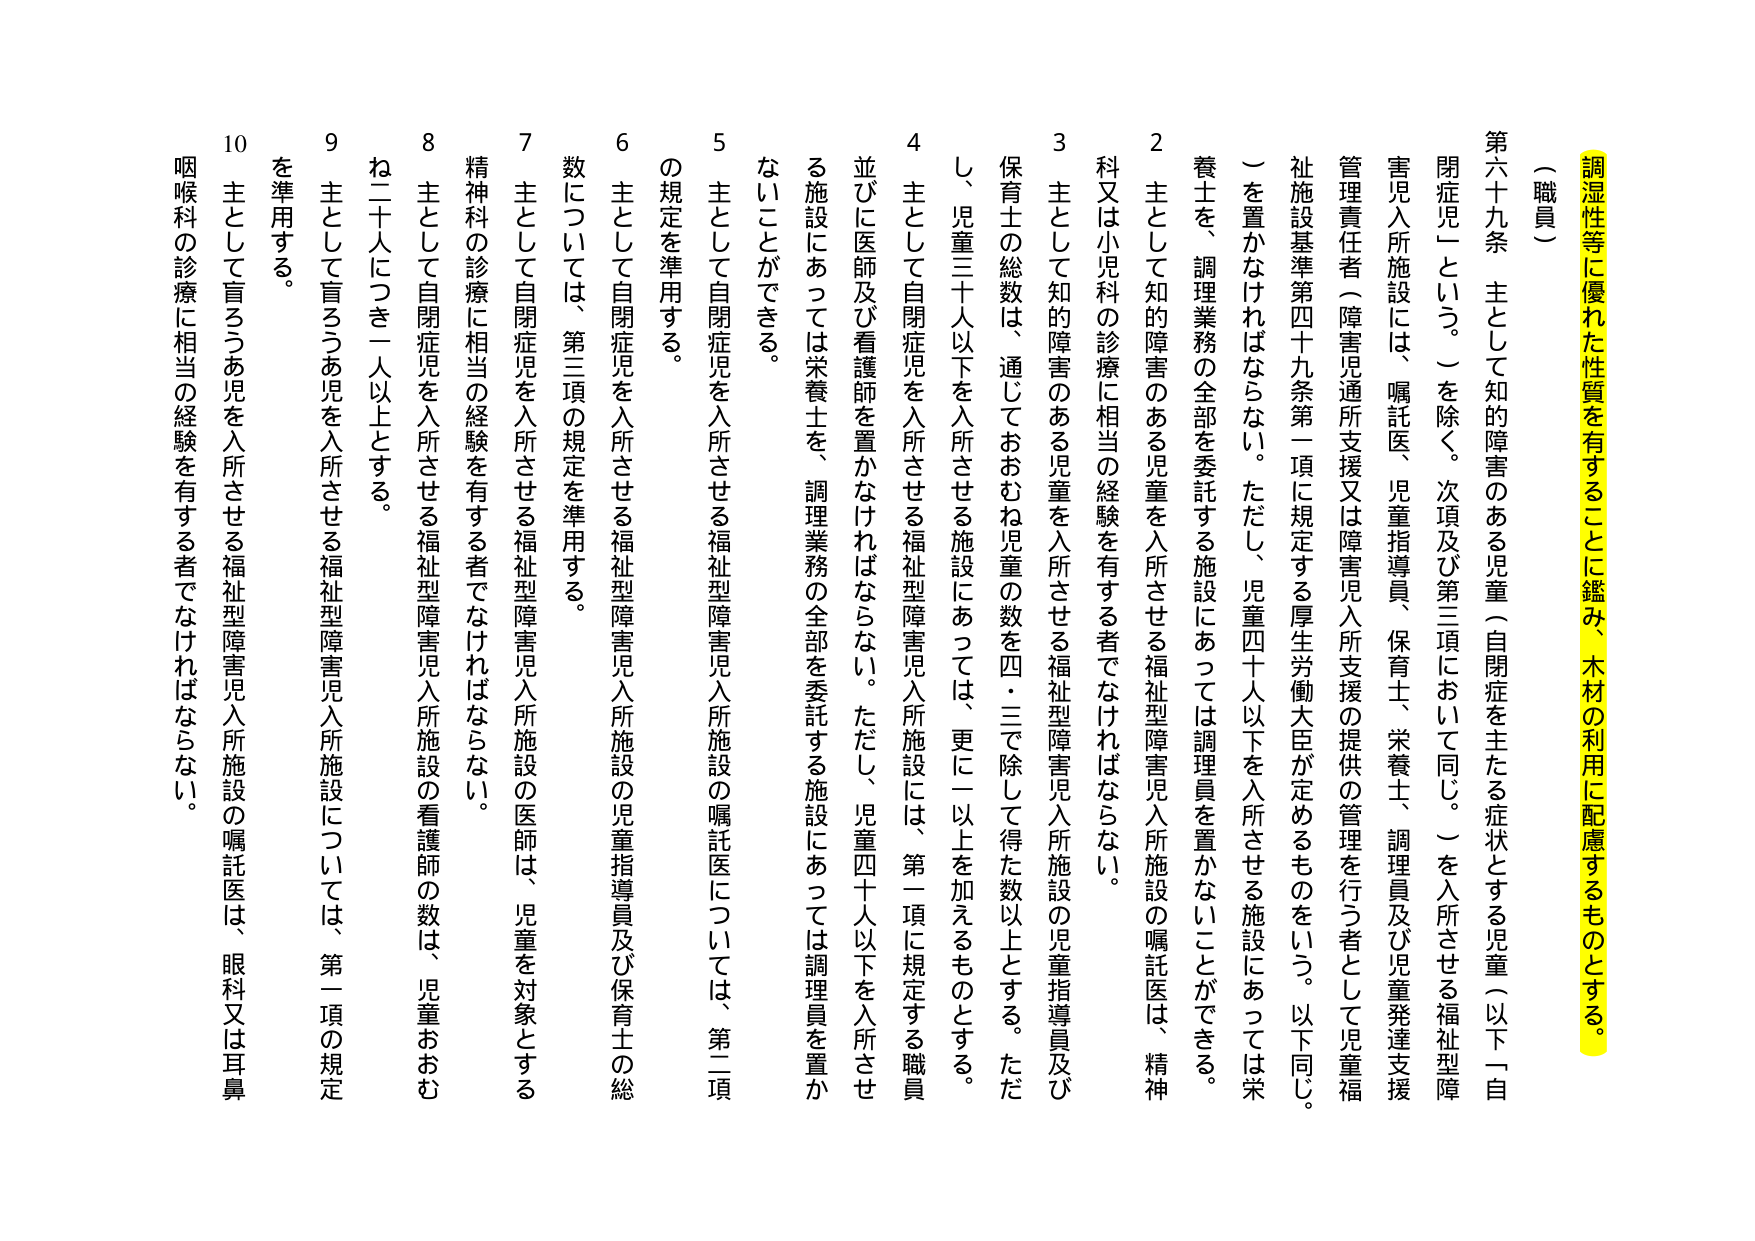
調湿性等に優れた性質を有することに鑑み、木材の利用に配慮するものとする。

（職員）

第六十九条　主として知的障害のある児童（自閉症を主たる症状とする児童（以下「自閉症児」という。）を除く。次項及び第三項において同じ。）を入所させる福祉型障害児入所施設には、嘱託医、児童指導員、保育士、栄養士、調理員及び児童発達支援管理責任者（障害児通所支援又は障害児入所支援の提供の管理を行う者として児童福祉施設基準第四十九条第一項に規定する厚生労働大臣が定めるものをいう。以下同じ。）を置かなければならない。ただし、児童四十人以下を入所させる施設にあっては栄養士を、調理業務の全部を委託する施設にあっては調理員を置かないことができる。

２　主として知的障害のある児童を入所させる福祉型障害児入所施設の嘱託医は、精神科又は小児科の診療に相当の経験を有する者でなければならない。

３　主として知的障害のある児童を入所させる福祉型障害児入所施設の児童指導員及び保育士の総数は、通じておおむね児童の数を四・三で除して得た数以上とする。ただし、児童三十人以下を入所させる施設にあっては、更に一以上を加えるものとする。

４　主として自閉症児を入所させる福祉型障害児入所施設には、第一項に規定する職員並びに医師及び看護師を置かなければならない。ただし、児童四十人以下を入所させる施設にあっては調理業務の全部を委託する施設にあっては調理員を置かないことができる。

５　主として自閉症児を入所させる福祉型障害児入所施設の嘱託医については、第二項の規定を準用する。

６　主として自閉症児を入所させる福祉型障害児入所施設の児童指導員及び保育士の総数については、第三項の規定を準用する。

７　主として自閉症児を入所させる福祉型障害児入所施設の医師は、児童を対象とする精神科の診療に相当の経験を有する者でなければならない。

８　主として自閉症児を入所させる福祉型障害児入所施設の看護師の数は、児童おおむね二十人につき一人以上とする。

９　主として盲ろうあ児を入所させる福祉型障害児入所施設については、第一項の規定を準用する。

10　主として盲ろうあ児を入所させる福祉型障害児入所施設の嘱託医は、眼科又は耳鼻咽喉科の診療に相当の経験を有する者でなければならない。